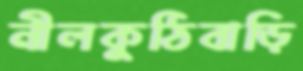
নীলকুঠিবাড়ি